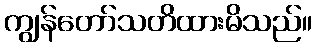
ကျွန်တော်သတိထားမိသည်။